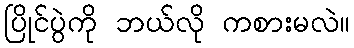
ပြိုင်ပွဲကို ဘယ်လို ကစားမလဲ။